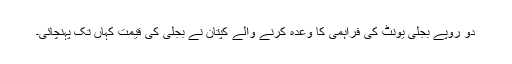
دو روپے بجلی یونٹ کی فراہمی کا وعدہ کرنے والے کپتان نے بجلی کی قیمت کہاں تک پہنچائی۔